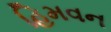
હિમવન